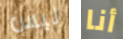
ليس أنا